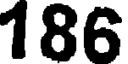
186